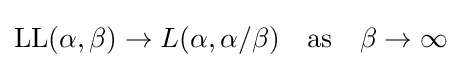
\operatorname {LL} (\alpha ,\beta )\to L(\alpha ,\alpha /\beta )\quad {\text{as}}\quad \beta \to \infty